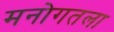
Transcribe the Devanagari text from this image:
मनोगतला